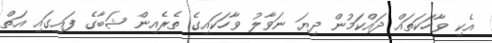
އެކި ވާހަކަތައް ދައްކަމުން ދިޔަ ނަވާލު ވާހަކައިގެ ތެރެއިން ޝަބާގެ ފައިގައި އަތް